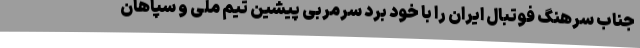
جناب سرهنگ فوتبال ایران را با خود برد سرمربی پیشین تیم ملی و سپاهان